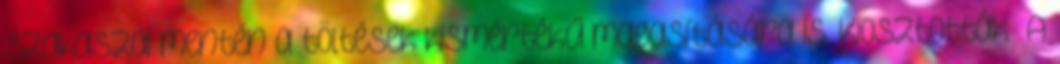
szakaszai mentén a töltések kismértékű magasítására is. Kiosztották „A